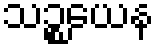
သဉ္စယေန